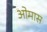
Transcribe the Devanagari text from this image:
ओमास